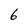
Character: 6